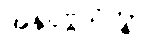
အနုပုဗ္ဗသိက္ခာ